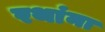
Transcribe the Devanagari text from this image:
रथांना